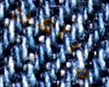
ملتهبة